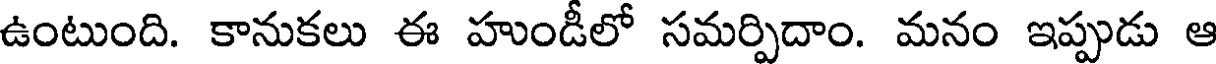
ఉంటుంది. కానుకలు ఈ హుండీలో సమర్పిదాం. మనం ఇప్పుడు ఆ